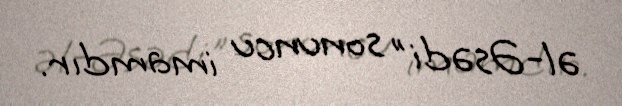
əl-Əsədi" sonuncu imamdır.